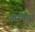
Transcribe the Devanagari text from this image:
झडीचा